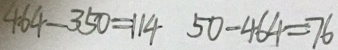
4 6 4 - 3 5 0 = 1 1 4 5 0 - 4 6 4 = 7 6